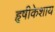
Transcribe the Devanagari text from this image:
हृषीकेशाय